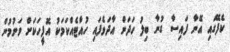
ކެފޭގައި އޭނާ ފައިސާ ގުނާ ބިލު ހަދަން އާދަވެފައި ހުއްޓެއްކަމަކު އޮފީހަކަށް ވަނުމުން